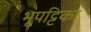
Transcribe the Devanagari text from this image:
भूपट्टिका